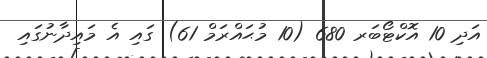
އަދި 10 އޮކްޓޯބަރ 680 (10 މުޙައްރަމް 61) ގައި އެ މައިދާނުގައި